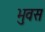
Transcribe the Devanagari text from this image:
भुवस